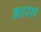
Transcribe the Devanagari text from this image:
कारल